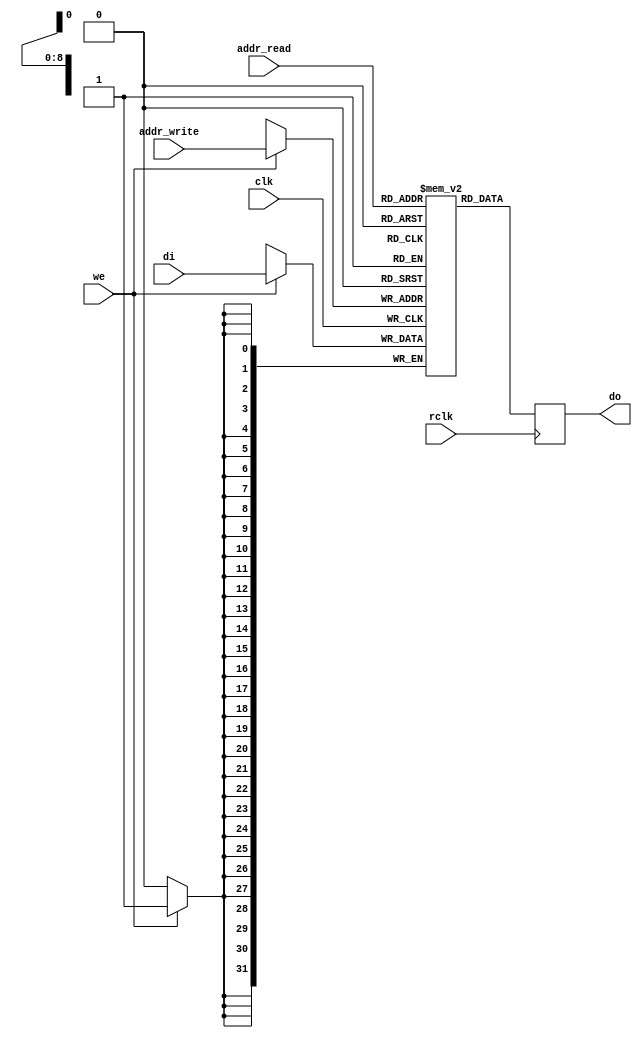
// Single Port RAM (NO_CHANGE)
module bram_ila #(
    parameter DATA_WIDTH=32,
    parameter ADDR_WIDTH=9,
    parameter SIGNAL_SYNCHRONISATION=0
    )(
    input wire we,
    input wire clk,
    input wire rclk,
    input wire [DATA_WIDTH-1:0] di,
    input wire [ADDR_WIDTH-1:0] addr_read,
    input wire [ADDR_WIDTH-1:0] addr_write,
    output reg [DATA_WIDTH-1:0] do
    );

    localparam WORD = (DATA_WIDTH-1);
    localparam DEPTH = (2**ADDR_WIDTH-1);
    reg [WORD:0] memory [0:DEPTH];
    reg [WORD:0] pipeline [SIGNAL_SYNCHRONISATION:0];

    generate
        if (SIGNAL_SYNCHRONISATION > 0) begin
            genvar i;
            for (i = 0; i < SIGNAL_SYNCHRONISATION; i = i+1) begin : loop
                always @(posedge clk) begin
                    pipeline[i+1] <= pipeline[i];
                end
            end
            always @(posedge clk) begin
                pipeline[0] <= di;
                if (we) begin
                    memory[addr_write] <= pipeline[SIGNAL_SYNCHRONISATION];
                end
            end
        end else begin
            always @(posedge clk) begin
                if (we) begin
                    memory[addr_write] <= di;
                end
            end
        end
    endgenerate
    always @(posedge rclk) begin
            do <= memory[addr_read];
    end


    endmodule